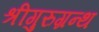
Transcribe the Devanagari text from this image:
श्रीगुरुग्रन्थ